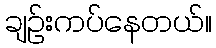
ချဉ်းကပ်နေတယ်။